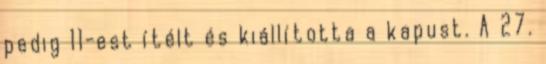
pedig 11-est ítélt és kiállította a kapust. A 27.